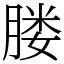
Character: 𦝼